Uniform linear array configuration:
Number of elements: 12
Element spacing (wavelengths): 0.75
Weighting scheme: blackman
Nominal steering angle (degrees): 45
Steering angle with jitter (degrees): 43.96
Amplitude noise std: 0.05
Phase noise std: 0.05

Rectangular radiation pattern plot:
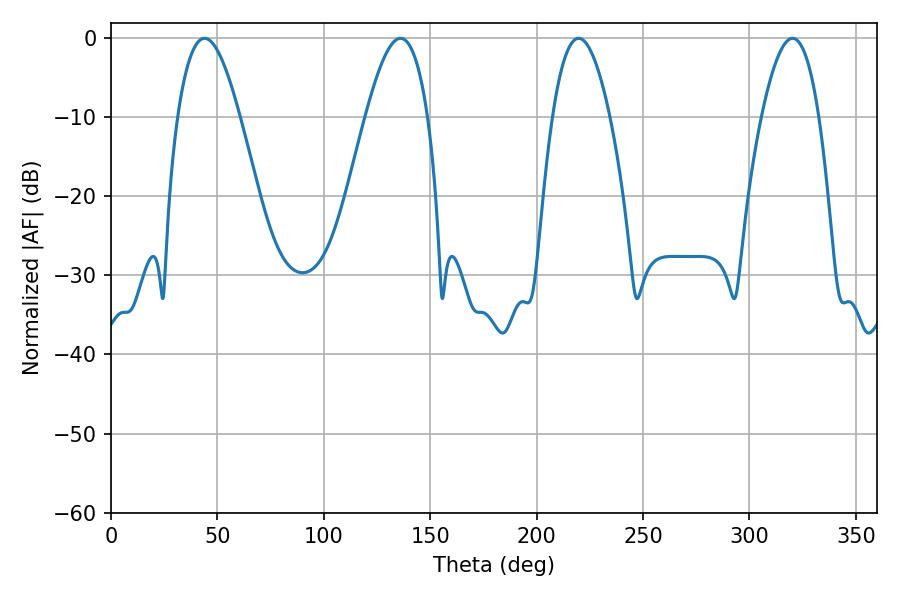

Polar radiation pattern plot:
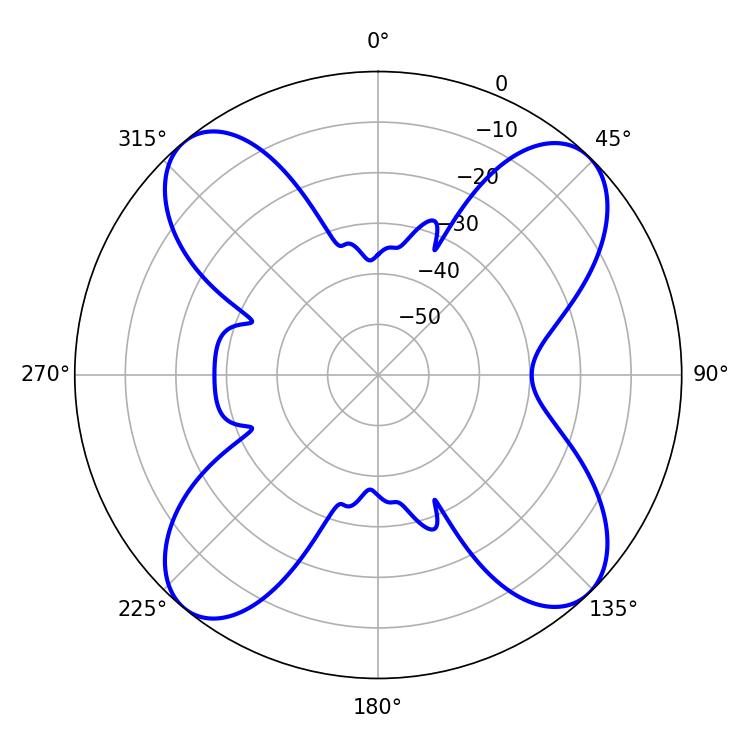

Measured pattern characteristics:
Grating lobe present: TRUE
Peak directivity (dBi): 14.817
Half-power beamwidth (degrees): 16.02
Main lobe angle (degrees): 43.92